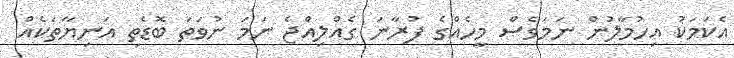
އެކަމަކު އިހުމާލުން ނަމަވެސް މީހެއްގެ ފުރާނަ ގެއްލިއްޖެ ނަމަ ނުވަތަ ބޮޑެތި އަނިޔާތަކެއް